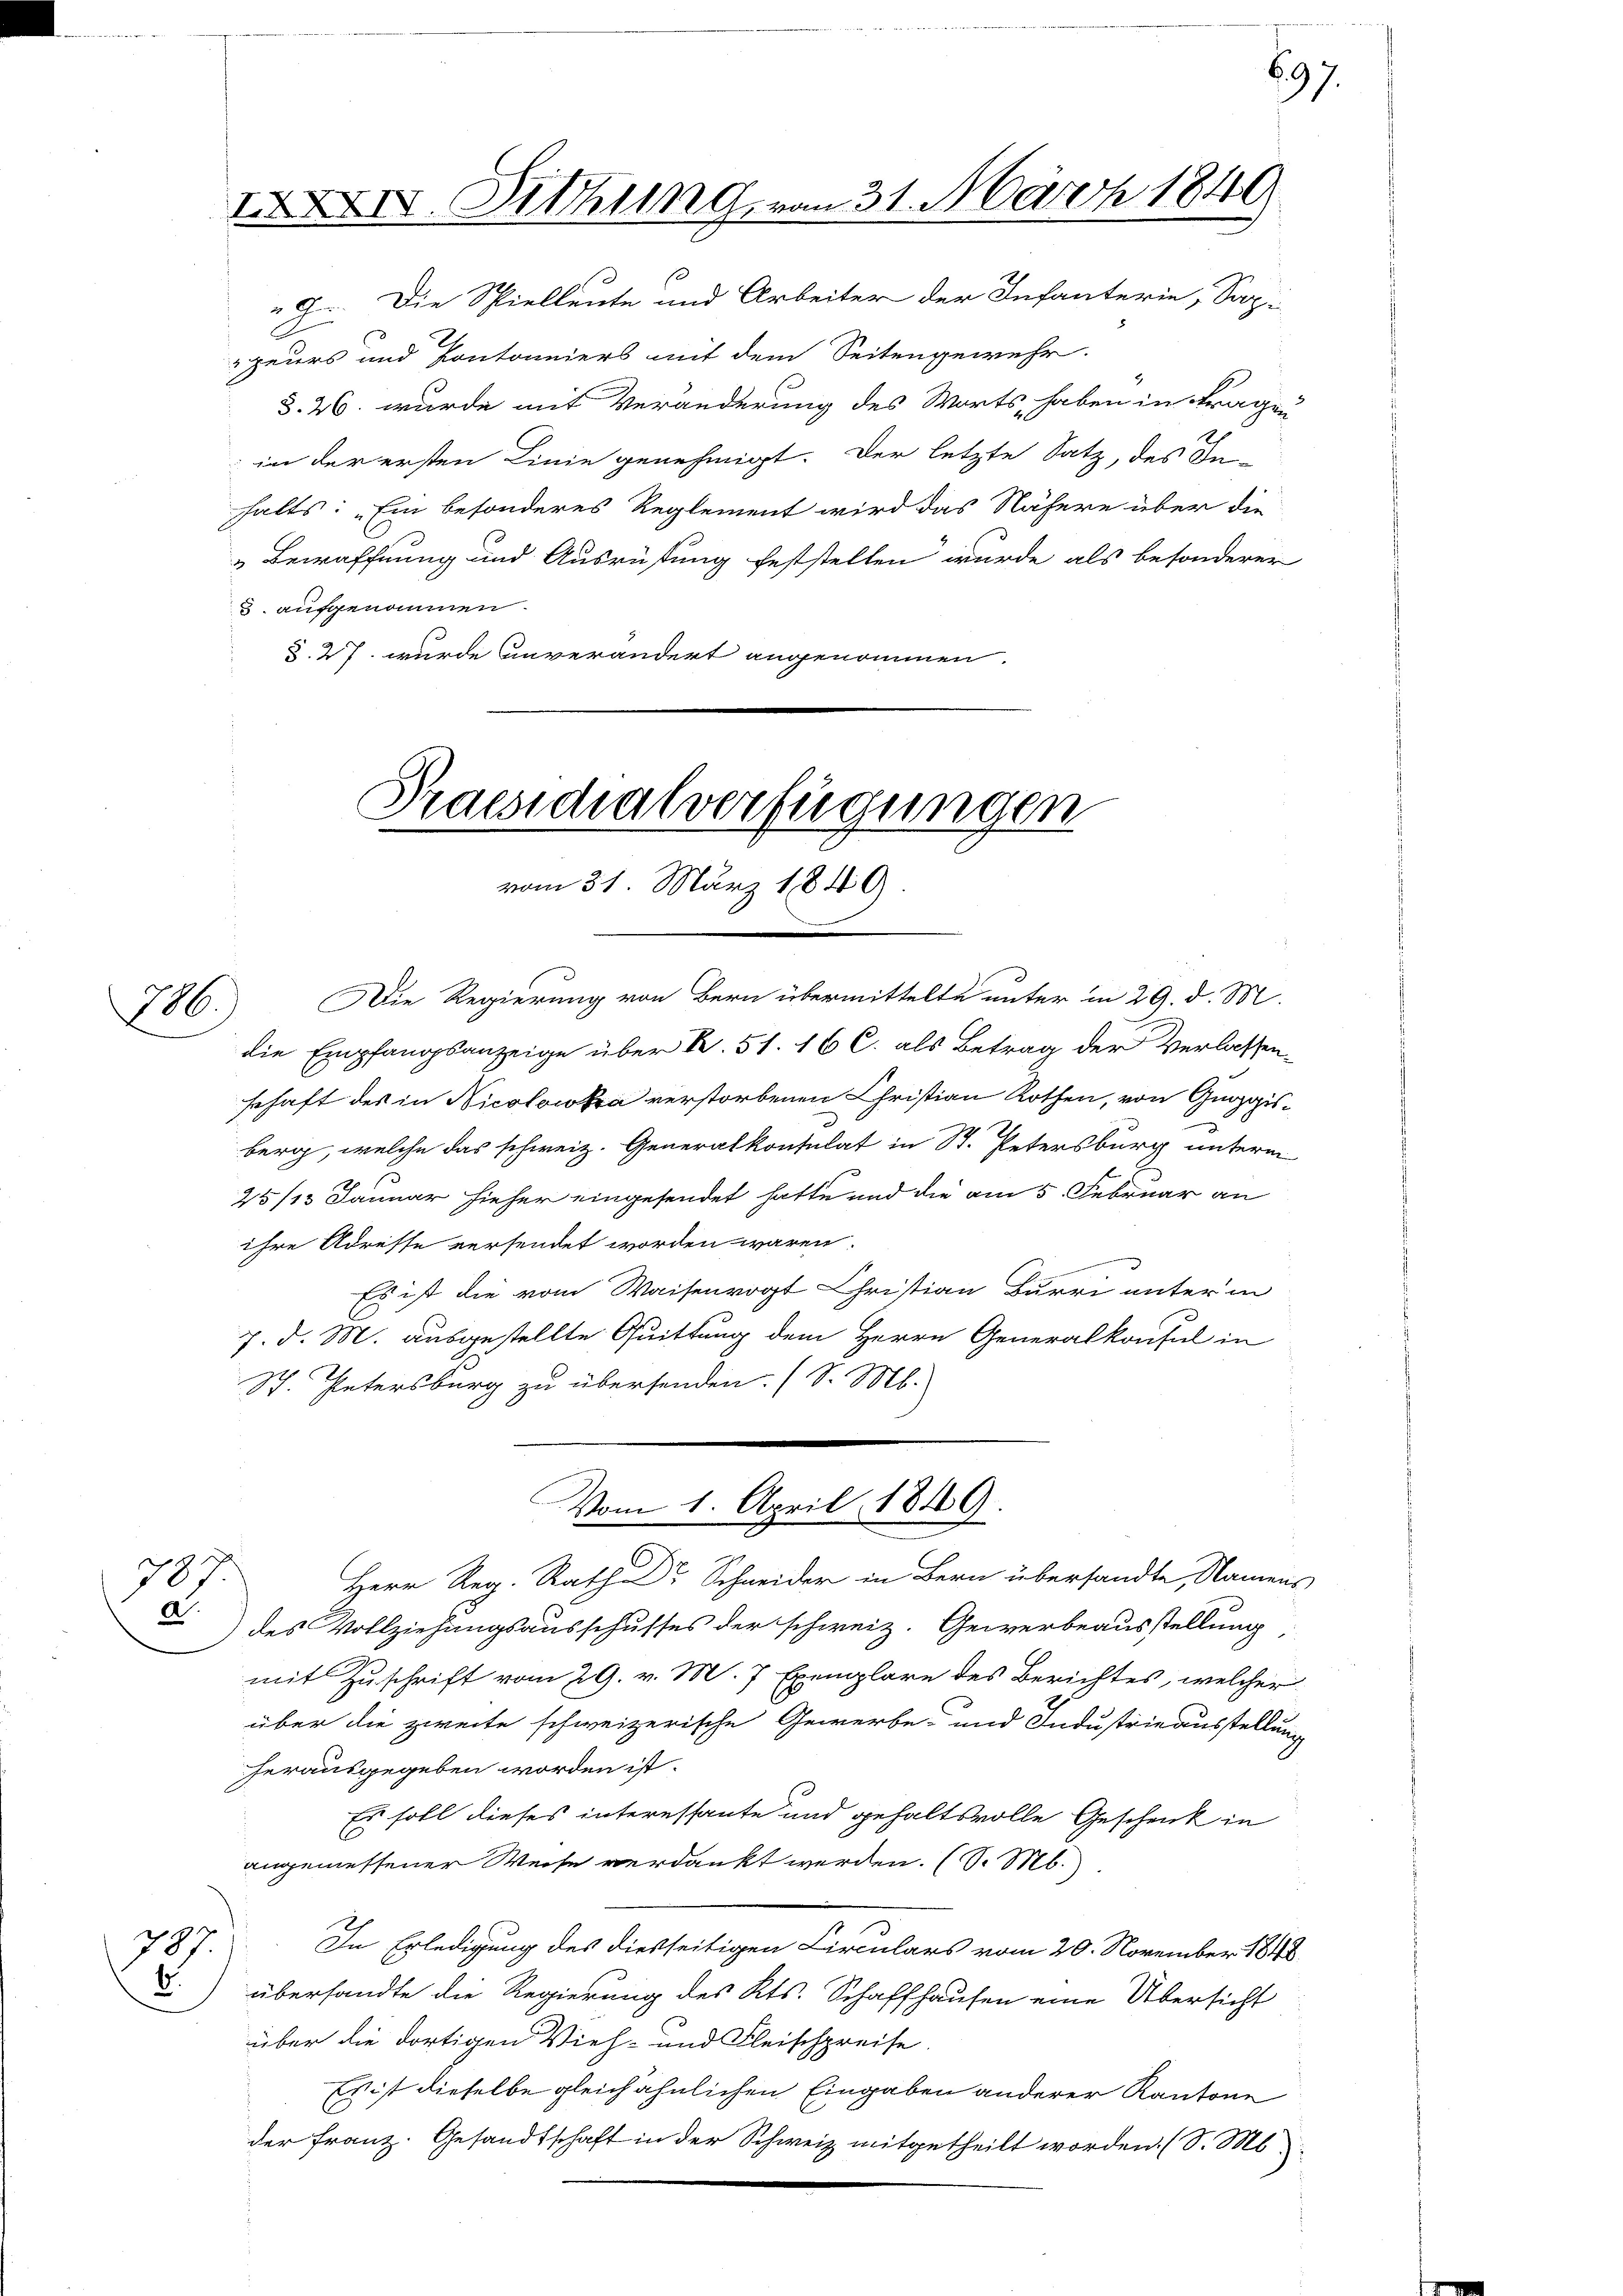
206.

787.
6.

707
a.

9. Die Spielleute und Arbeiter der Infanterie, Sap-
peurs und Kontomeiers mit dem Seitengewehr.
§. 26. wurde mit Veränderung des Worts haben in Fragen
in der ersten Linie genehmigt. Der letzte Satz, des In-
halts: „Ein besonderes Reglement wird das Nähere über die
Bewaffnung und Ausrüstung feststellen wurde, als besonderer
3. aufgenommen.
§. 27. wurde Anverändert angenommen.

IXXIV. Mithing, von 31. März 1849

Praesidialverfügungen
vom 31. März 1849.

Die Regierung von Bern übermittelte unter in 29. d. M.
die Empfangsanzeige über K. 51. 16 C. als Betrag der Verlassenschaft des in Nicolowa verstorbenen Christian Rothen, von Guggisberg, welche das schweiz. Generalkonsulat in St. Petersburg unterm
25/13 Januar hieher eingesendet hatte und die am 5. Februar an
ihre Adresse versendet worden wären.
Es ist die vom Waisenvogt Christian Burri unter in
7. d. M. ausgestellte Quittung dem Herrn Generalkonsul in
St. Petersburg zu übersenden. (S. M.
Herr Reg. Rath Dr Schneider in Bern übersandte, Namens
des Vollziehungsausschusses der schweiz. Gewerbeausstellung
mit Zuschrift vom 29. v. M. 7 Exemplare des Berichtes, welcher
über die zweite schweizerische Gewerbe- und Industrieausstellung
herausgegeben worden ist.
Es soll dieses interessante und gehaltsvolle Geschenk in
angemessener Weise verdankt werden. (S. M.
In Erledigung des diesseitigen Circulars vom 20. November 1848.
übersandte die Regierung des Kts. Schaffhausen eine Übersicht
über die dortigen Vieh- und Fleischpreise.
Es ist dieselbe gleich ähnlichen Eingaben anderer Kantone
der Franz. Gesandtschaft in der Schweiz mitgetheilt worden. (S. M.

.
Vom 1. April 1849.

697.